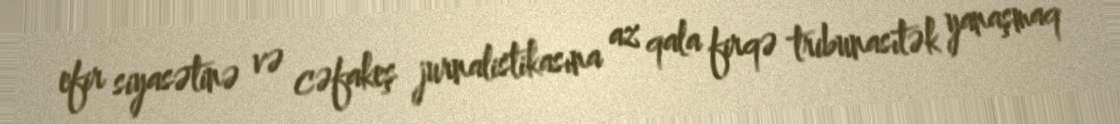
efir siyasətinə və cəfakeş jurnalistikasına az qala firqə tribunasıtək yanaşmaq